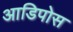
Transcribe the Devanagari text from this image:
आडिपोस